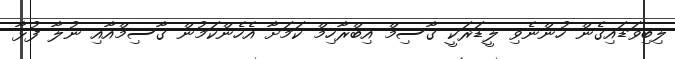
ލިބިވަޑައިގެން ހުންނެވި ލީޑަރަކީ ގާސިމް އިބްރާހިމް ކަމަށާ އެހެންކަމުން ގާސިމްއާއި ނުލާ ފުޅާ